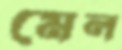
মেল